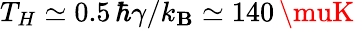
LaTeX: T_{H}\simeq0.5\, \hbar\gamma/k_{\mathbf{B}}\simeq140\, \muK